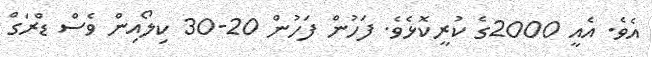
އެވެ. އެއީ 2000ގެ ކުރީކޮޅެވެ. ފަހުން ފަހުން 20-30 ކިލޯއިން ވެސް ޑްރަގް